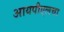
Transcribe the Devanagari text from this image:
आयपीएलचा